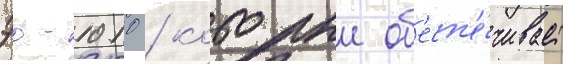
эо-1010 / которыи об'есп'е́чивает